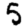
Digit: 5